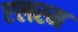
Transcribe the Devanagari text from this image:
एलरम